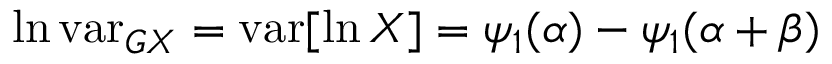
\ln \operatorname { v a r } _ { G X } = \operatorname { v a r } [ \ln X ] = \psi _ { 1 } ( \alpha ) - \psi _ { 1 } ( \alpha + \beta )